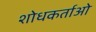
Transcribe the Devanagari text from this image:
शोधकर्ताओ